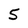
Character: 5